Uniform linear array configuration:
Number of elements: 12
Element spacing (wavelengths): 1
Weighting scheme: hamming
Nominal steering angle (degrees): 30
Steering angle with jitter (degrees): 30.93
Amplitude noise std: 0.05
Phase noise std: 0.05

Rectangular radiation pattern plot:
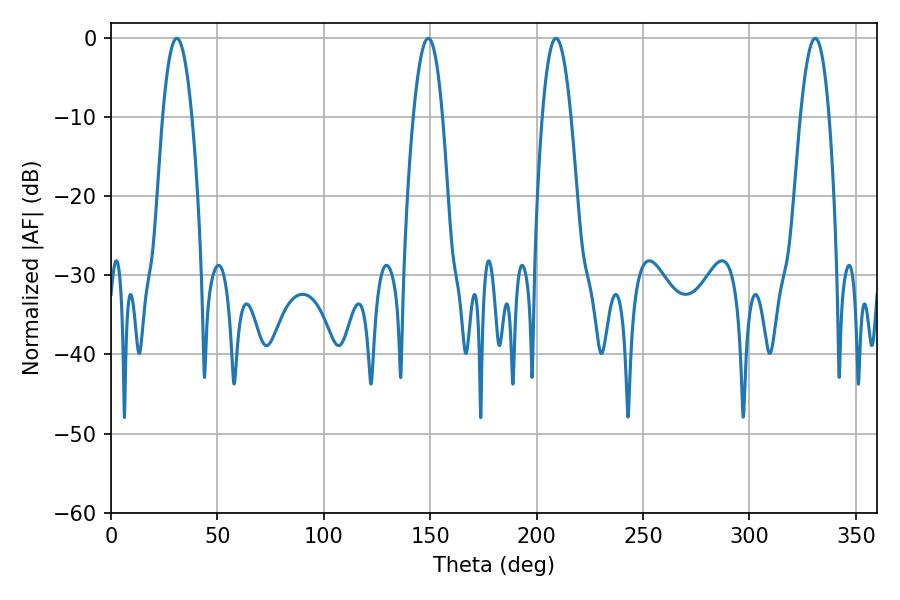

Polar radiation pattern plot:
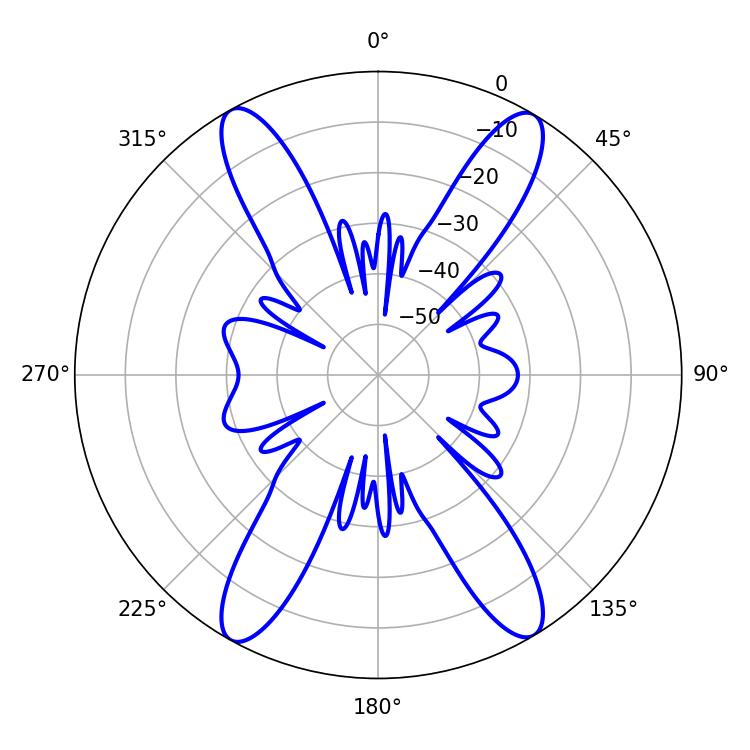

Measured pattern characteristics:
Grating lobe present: TRUE
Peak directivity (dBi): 23.248
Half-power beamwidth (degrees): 7.56
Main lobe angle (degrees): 30.96